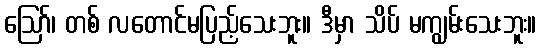
ဪ၊ တစ် လတောင်မပြည့်သေးဘူး။ ဒီမှာ သိပ် မကျွမ်းသေးဘူး။